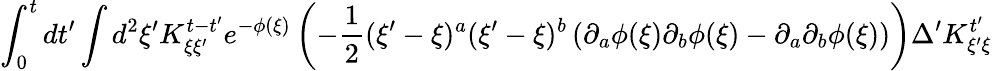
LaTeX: \int_{0}^{t}dt^{\prime}\int d^{2}\xi^{\prime}K_{\xi\xi^{\prime}}^{t-t^{\prime}}e^{-\phi(\xi)}\left(-\frac{1}{2}(\xi^{\prime}-\xi)^{a}(\xi^{\prime}-\xi)^{b}\left(\partial_{a}\phi(\xi)\partial_{b}\phi(\xi)-\partial_{a}\partial_{b}\phi(\xi)\right)\right)\Delta^{\prime}K_{\xi^{\prime}\xi}^{t^{\prime}}